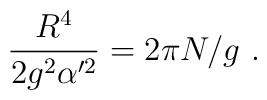
\frac{R^4 }{2g^2 \alpha'^2} = 2\pi N/g \ .